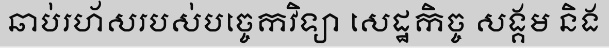
ឆាប់រហ័សរបស់បច្ចេកវិទ្យា សេដ្ឋកិច្ច សង្គម និង